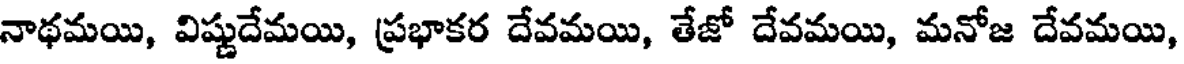
నాథమయి, విష్ణుదేమయి, (ప్రభాకర దేవమయి, తేజో దేవమయి, మనోజ దేవమయి,